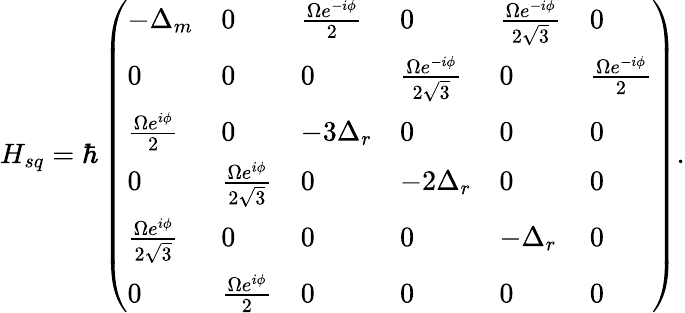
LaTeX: H_{sq}=\hbar\left(\begin{array}{llllll}{-\Delta_{m}}&{0}&{\frac{\Omega e^{-i\phi}}{2}}&{0}&{\frac{\Omega e^{-i\phi}}{2\sqrt{3}}}&{0}\\ {0}&{0}&{0}&{\frac{\Omega e^{-i\phi}}{2\sqrt{3}}}&{0}&{\frac{\Omega e^{-i\phi}}{2}}\\ {\frac{\Omega e^{i\phi}}{2}}&{0}&{-3\Delta_{r}}&{0}&{0}&{0}\\ {0}&{\frac{\Omega e^{i\phi}}{2\sqrt{3}}}&{0}&{-2\Delta_{r}}&{0}&{0}\\ {\frac{\Omega e^{i\phi}}{2\sqrt{3}}}&{0}&{0}&{0}&{-\Delta_{r}}&{0}\\ {0}&{\frac{\Omega e^{i\phi}}{2}}&{0}&{0}&{0}&{0}\end{array}\right).